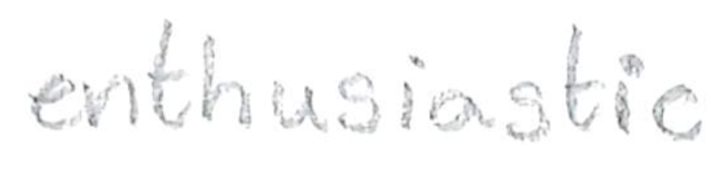
Text: enthusiastic
Cross-out: clean
Writing tool: pencil